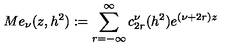
M e _ { \nu } ( z , h ^ { 2 } ) : = \sum _ { r = - \infty } ^ { \infty } c _ { 2 r } ^ { \nu } ( h ^ { 2 } ) e ^ { ( \nu + 2 r ) z }